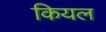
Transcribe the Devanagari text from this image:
कियल